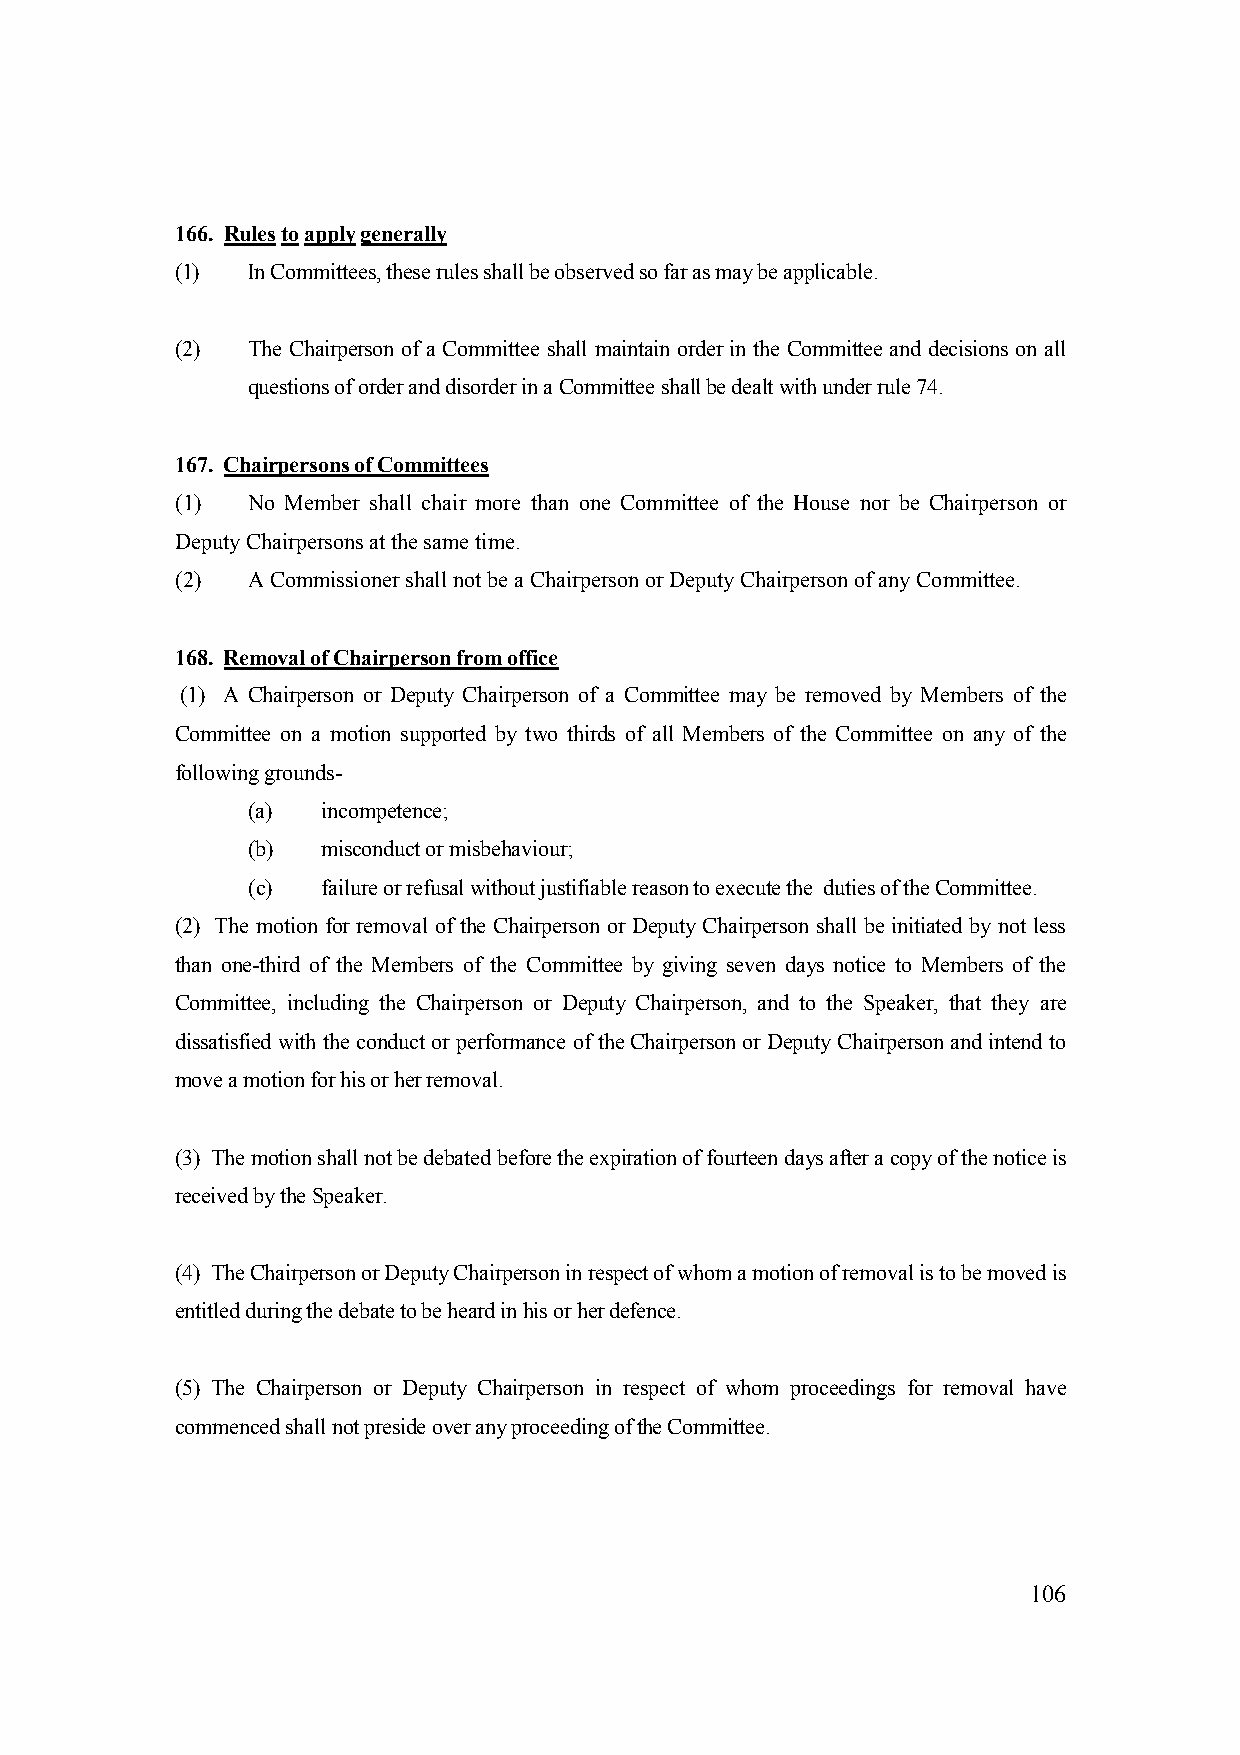
166. Rules to apply generally
 (1) In Committees, these rules shall be observed so far as may be applicable.
 (2) The Chairperson of a Committee shall maintain order in the Committee and decisions on all
 questions of order and disorder in a Committee shall be dealt with under rule 74.
 167. Chairpersons of Committees
 (1) No Member shall chair more than one Committee of the House nor be Chairperson or
 Deputy Chairpersons at the same time.
 (2) A Commissioner shall not be a Chairperson or Deputy Chairperson of any Committee.
 168. Removal of Chairperson from office
 (1) A Chairperson or Deputy Chairperson of a Committee may be removed by Members of the
 Committee on a motion supported by two thirds of all Members of the Committee on any of the
 following grounds-
 (a)  incompetence;
 (b)  misconduct or misbehaviour;
 (c)  failure or refusal without justifiable reason to execute the duties of the Committee.
 (2) The motion for removal of the Chairperson or Deputy Chairperson shall be initiated by not less
 than one-third of the Members of the Committee by giving seven days notice to Members of the
 Committee, including the Chairperson or Deputy Chairperson, and to the Speaker, that they are
 dissatisfied with the conduct or performance of the Chairperson or Deputy Chairperson and intend to
 move a motion for his or her removal.
 (3) The motion shall not be debated before the expiration of fourteen days after a copy of the notice is
 received by the Speaker.
 (4) The Chairperson or Deputy Chairperson in respect of whom a motion of removal is to be moved is
 entitled during the debate to be heard in his or her defence.
 (5) The Chairperson or Deputy Chairperson in respect of whom proceedings for removal have
 commenced shall not preside over any proceeding of the Committee.
 106